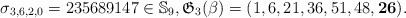
\begin{gather*}\sigma_{3,6,2,0}=235689147 \in \mathbb{S}_9, \mathfrak{G}_{3}(\beta)=(1,6,21,36,51,48,{\bf 26}).\end{gather*}